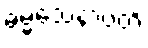
ဓမ္မသေနာပတိ